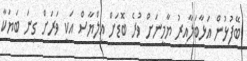
ބޭފުޅުން އަޅާބަލާއިރު ޔާމީނަށް ވުރެ ބޮޑަށް އިލްޔާސް އަކީ ވަރަށް ގިނަ ބަޔަކާ